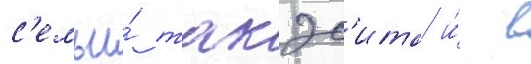
с'емьи́ такэс'ита и́ в